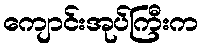
ကျောင်းအုပ်ကြီးက